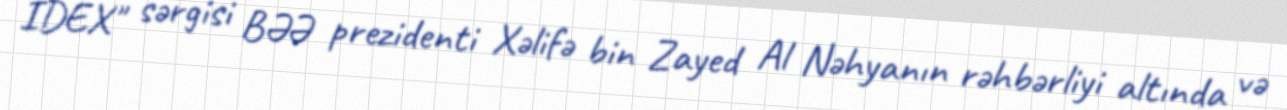
IDEX" sərgisi BƏƏ prezidenti Xəlifə bin Zayed Al Nəhyanın rəhbərliyi altında və